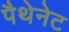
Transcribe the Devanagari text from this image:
पैथेनेट